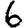
Digit: 6